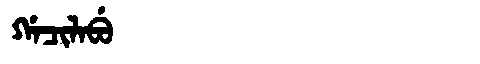
Manchu: ᡤᠠᠴᡳᠯᠠᠪᡠ
Romanization: GACILABU